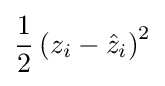
{\frac {1}{2}}\left(z_{i}-{\hat {z}}_{i}\right)^{2}